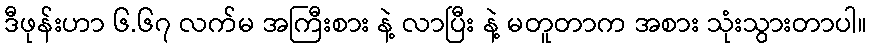
ဒီဖုန်းဟာ ၆.၆၇ လက်မ အကြီးစား နဲ့ လာပြီး နဲ့ မတူတာက အစား သုံးသွားတာပါ။